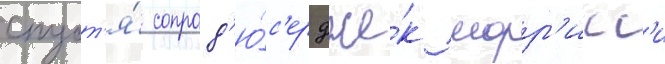
спуст'я́ сопрод'ю́с'ер дже́к морр'исс'и